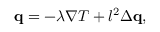
\begin{array} { r } { \mathbf q = - \lambda \nabla T + l ^ { 2 } \Delta \mathbf q , } \end{array}